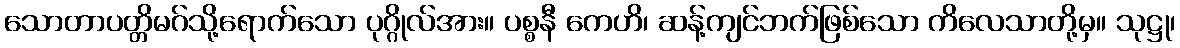
သောတာပတ္တိမဂ်သို့ရောက်သော ပုဂ္ဂိုလ်အား။ ပစ္စနီ ကေဟိ၊ ဆန့်ကျင်ဘက်ဖြစ်သော ကိလေသာတို့မှ။ သုဋ္ဌု၊